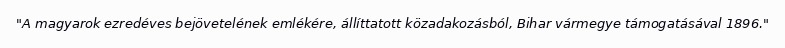
"A magyarok ezredéves bejövetelének emlékére, állíttatott közadakozásból, Bihar vármegye támogatásával 1896."